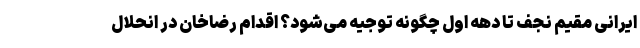
ایرانی مقیم نجف تا دهه اول چگونه توجیه می‌شود؟ اقدام رضاخان در انحلال